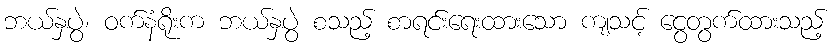
ဘယ်နှပွဲ၊ ဝက်နံရိုးက ဘယ်နှပွဲ စသည့် စာရင်းရေးထားသော ကျသင့် ငွေတွက်ထားသည့်